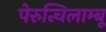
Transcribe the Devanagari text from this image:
पेरुन्चिलाम्बू